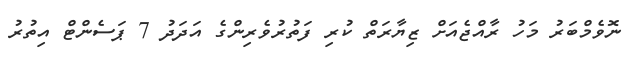
ނޮވެމްބަރު މަހު ރާއްޖެއަށް ޒިޔާރަތް ކުރި ފަތުރުވެރިންގެ އަދަދު 7 ޕަސެންޓް އިތުރު